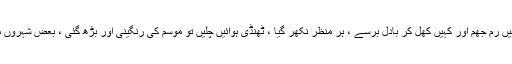
ملک کے مختلف علاقوں میں کہیں رم جھم اور کہیں کھل کر بادل برسے ، ہر منظر نکھر گیا ، ٹھنڈی ہوائیں چلیں تو موسم کی رنگینی اور بڑھ گئی ، بعض شہروں میں تپتی دھوپ کا بھی راج رہا۔